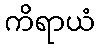
ကိရာယံ